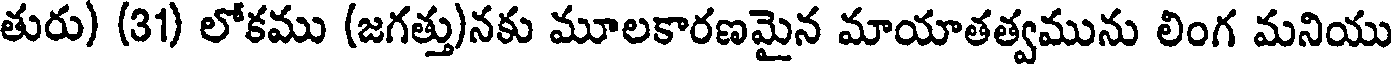
తురు) (31) లోకము (జగత్తు)నకు మూలకారణమైన మాయాతత్వమును లింగ మనియు